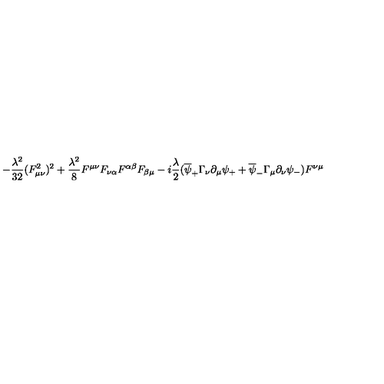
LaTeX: - { \frac { \lambda ^ { 2 } } { 3 2 } } ( F _ { \mu \nu } ^ { 2 } ) ^ { 2 } + { \frac { \lambda ^ { 2 } } { 8 } } F ^ { \mu \nu } F _ { \nu \alpha } F ^ { \alpha \beta } F _ { \beta \mu } - i { \frac { \lambda } { 2 } } ( \overline { { \psi } } _ { + } \Gamma _ { \nu } \partial _ { \mu } \psi _ { + } + \overline { { \psi } } _ { - } \Gamma _ { \mu } \partial _ { \nu } \psi _ { - } ) F ^ { \nu \mu }